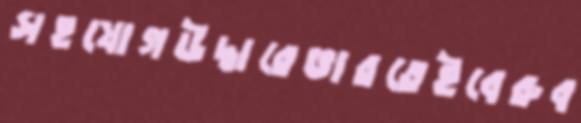
সহযোগউদ্ধারেভারতেইবেরুব